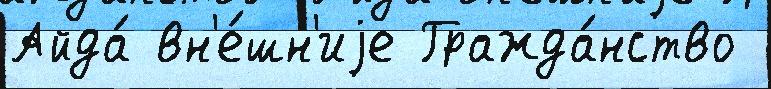
Айда́ вн'е́шн'иjе Гражда́нство